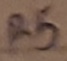
Text: R5